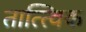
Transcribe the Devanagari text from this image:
तात्‍त्‍विक